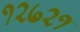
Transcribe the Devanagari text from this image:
१२७२१